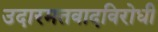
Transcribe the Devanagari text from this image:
उदारमतवादविरोधी